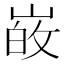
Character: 𭖸